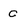
Character: c